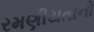
રમણીયતાનો